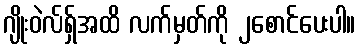
ဂျိုးဝဲလ်ရှ်အထိ လက်မှတ်ကို ၂စောင်ပေးပါ။